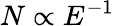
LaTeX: N\propto E^{-1}